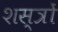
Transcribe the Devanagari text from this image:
शस्‍त्रों